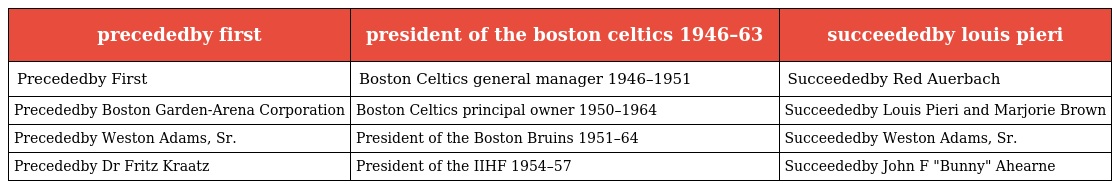
| precededby first | president of the boston celtics 1946–63 | succeededby louis pieri |
 | --- | --- | --- |
 | Precededby First | Boston Celtics general manager 1946–1951 | Succeededby Red Auerbach |
 | Precededby Boston Garden-Arena Corporation | Boston Celtics principal owner 1950–1964 | Succeededby Louis Pieri and Marjorie Brown |
 | Precededby Weston Adams, Sr. | President of the Boston Bruins 1951–64 | Succeededby Weston Adams, Sr. |
 | Precededby Dr Fritz Kraatz | President of the IIHF 1954–57 | Succeededby John F "Bunny" Ahearne |